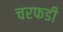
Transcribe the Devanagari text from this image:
चरफडी